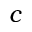
c